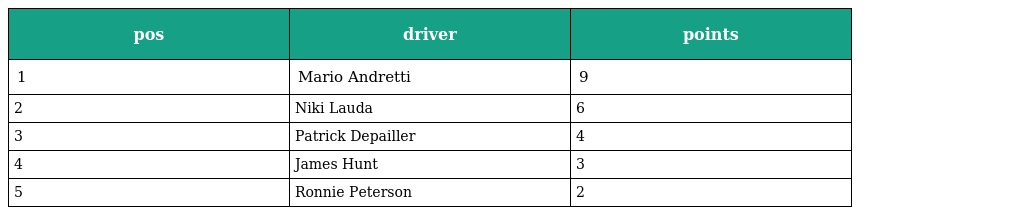
| pos | driver | points |
 | --- | --- | --- |
 | 1 | Mario Andretti | 9 |
 | 2 | Niki Lauda | 6 |
 | 3 | Patrick Depailler | 4 |
 | 4 | James Hunt | 3 |
 | 5 | Ronnie Peterson | 2 |